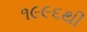
૧૯૯૬થી